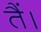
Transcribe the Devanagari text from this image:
तैं।